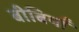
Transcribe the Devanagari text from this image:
बीबियाँ